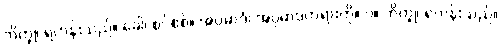
ဘိက္ခု၊ ရဟန်းသည်။ ခေါ၊ စင်စစ်။ အပ္ပမာဒံ၊ အပ္ပမာဒတရားကို။ ပ။ ဘိက္ခု၊ ရဟန်းသည်။